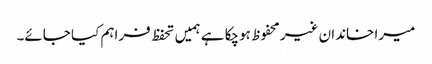
میرا خاندان غیر محفوظ ہوچکا ہے ہمیں تحفظ فراہم کیا جائے۔